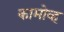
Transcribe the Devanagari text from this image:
कामोव्ह